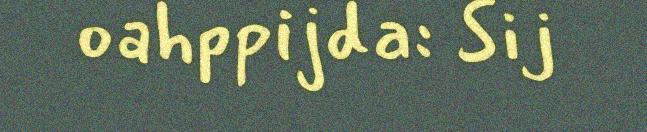
oahppijda: Sij